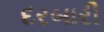
દરબારી